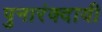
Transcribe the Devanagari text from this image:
पुनारंक्दायी